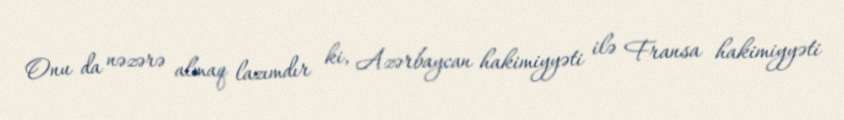
Onu da nəzərə almaq lazımdır ki, Azərbaycan hakimiyyəti ilə Fransa hakimiyyəti